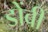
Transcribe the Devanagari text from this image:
डोंबी